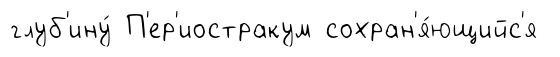
глуб'ину́ П'ер'иостракум сохран'я́ющийс'я